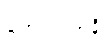
တေလကာနိ